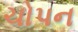
ચોપન